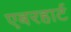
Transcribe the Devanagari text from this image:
एबरहार्ट